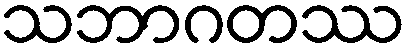
သဘာဂတဿ